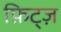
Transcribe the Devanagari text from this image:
फ़िट्ज़